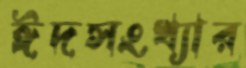
ঈদসংখ্যার